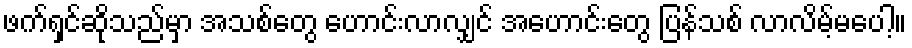
ဖက်ရှင်ဆိုသည်မှာ အသစ်တွေ ဟောင်းလာလျှင် အဟောင်းတွေ ပြန်သစ် လာလိမ့်မပေါ့။